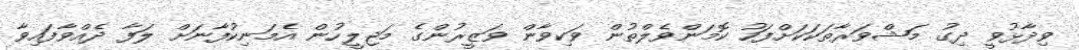
ވިދާޅުވީ ދިގު މަޝްވަރާތަކަކަށްފަހު ކޮމަންވެލްތުން ވަކިވާން ވަޒީރުންގެ މަޖިލީހުން އެމަނިކުފާނަށް ލަފާ ދެއްވާފައިވާ